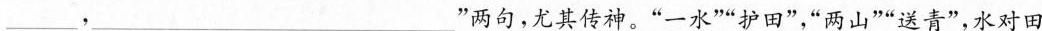
___，___”两句，尤其传神。”一水””护田”，”两山””送青”，水对田